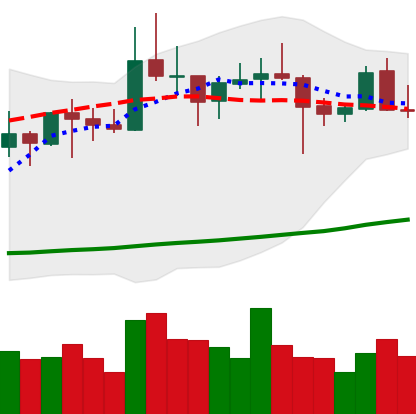
Ticker: XRP-USD
Chart end date: 2021-10-22
Forward return: -8.538%
Label: down_7plus